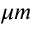
\mu m